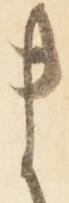
ま